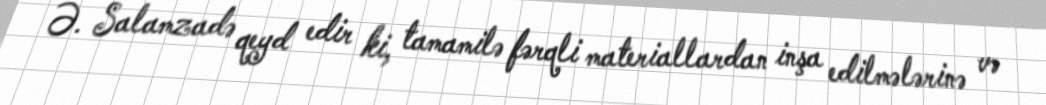
Ə. Salamzadə qeyd edir ki, tamamilə fərqli materiallardan inşa edilmələrinə və